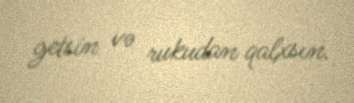
getsin və rukudan qalxsın.